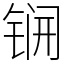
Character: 锎